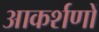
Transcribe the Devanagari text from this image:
आकर्शणों